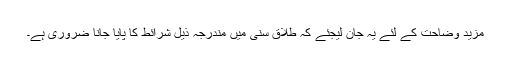
مزید وضاحت کے لئے یہ جان لیجئے کہ طلاق سنی میں مندرجہ ذیل شرائط کا پایا جانا ضروری ہے۔